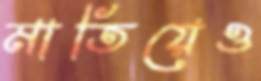
মাতিয়েও